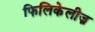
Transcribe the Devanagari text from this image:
फिलिकेलीज़